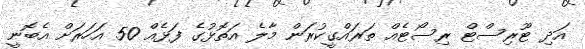
އަދި ޓޫރިސްޓް ރިސޯޓެއް ތަރައްގީކުރަން މާލެ އަތޮޅުގެ ފަޅެއް 50 އަހަރަށް އެބޮނީ